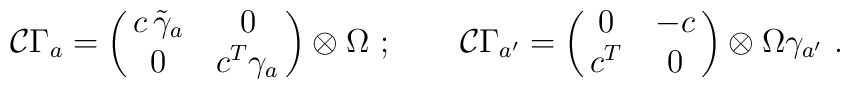
{\cal C}\Gamma_ a= \pmatrix{c\,\tilde\gamma_a&0\cr 0&c^T\gamma_a}\otimes \Omega\ ;\qquad {\cal C}\Gamma _{a'}=\pmatrix{0&-c\cr c^T&0}\otimes \Omega \gamma_{a'}\ .